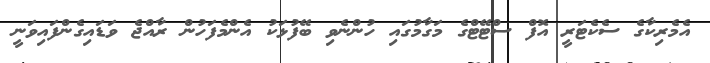
އެމެރިކާގެ ސެކެޓަރީ އޮފް ސްޓޭޓްގެ މަގާމުގައި ހުންނެވި ބޭފުޅަކު އެންމެފަހުން ރާއްޖެ ވަޑައިގެންފައިވަނީ